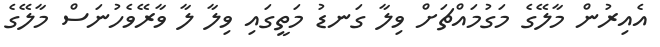
އެއިރުން މާލޭގެ މަގުމައްޗަށް ވިލާ ގަނޑު މަތީގައި ވިލާ ލާ ވާރޭވެހުނަސް މާލޭގެ